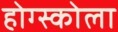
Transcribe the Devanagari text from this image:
होग्स्कोला